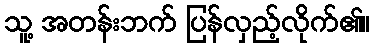
သူ့ အတန်းဘက် ပြန်လှည့်လိုက်၏။